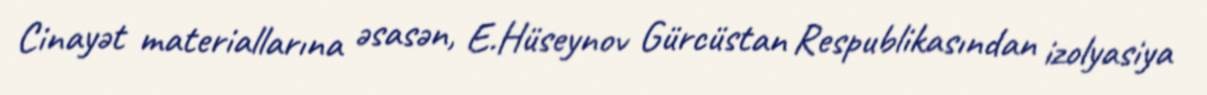
Cinayət materiallarına əsasən, E.Hüseynov Gürcüstan Respublikasından izolyasiya